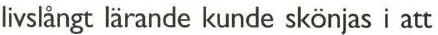
livslångt lärande kunde skönjas i att